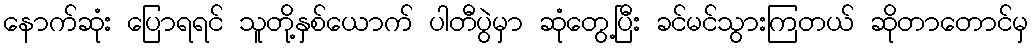
နောက်ဆုံး ပြောရရင် သူတို့နှစ်ယောက် ပါတီပွဲမှာ ဆုံတွေ့ပြီး ခင်မင်သွားကြတယ် ဆိုတာတောင်မှ